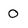
Character: 0